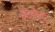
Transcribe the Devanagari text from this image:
ॲलोट